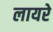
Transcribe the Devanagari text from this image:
लायरे